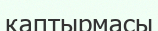
қаптырмасы